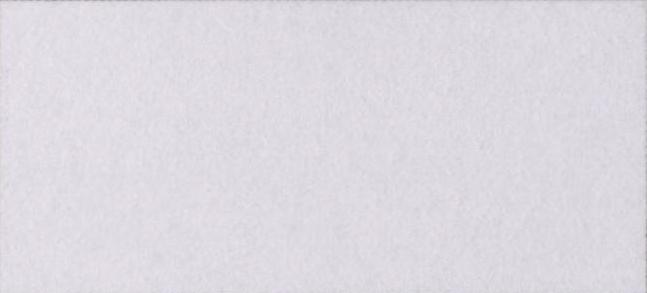
इमेज